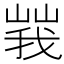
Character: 𡻍